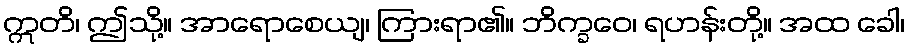
ဣတိ၊ ဤသို့။ အာရောစေယျ၊ ကြားရာ၏။ ဘိက္ခဝေ၊ ရဟန်းတို့။ အထ ခေါ၊